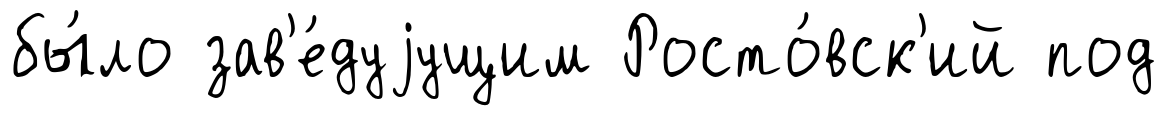
бы́ло зав'е́дуjущим Росто́вск'ий под